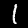
Digit: 1